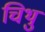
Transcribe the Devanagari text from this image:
चिथु